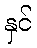
နှင်